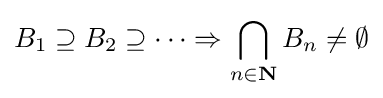
B_{1}\supseteq B_{2}\supseteq \cdots \Rightarrow \bigcap _{n\in {\mathbf {N} }}B_{n}\neq \emptyset